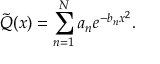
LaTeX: { \tilde { Q } } ( x ) = \sum _ { n = 1 } ^ { N } a _ { n } e ^ { - b _ { n } x ^ { 2 } } .